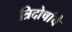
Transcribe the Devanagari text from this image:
त्रिदोषांचे